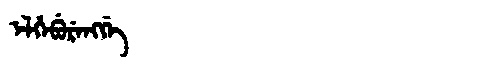
Manchu: ᡝᠯᡥᡝᠪᡠᡵᡝᠩᡤᡝ
Romanization: ELHEBURENGGE